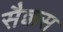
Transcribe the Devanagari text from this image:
सैक्कस